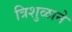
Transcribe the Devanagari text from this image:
त्रिशुळाने